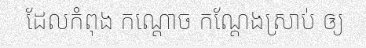
ដែលកំពុង កណ្តោច កណ្តែងស្រាប់ ឲ្យ